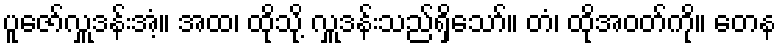
ပူဇော်လှူဒန်းအံ့။ အထ၊ ထိုသို့ လှူဒန်းသည်ရှိသော်။ တံ၊ ထိုအဝတ်ကို။ တေန